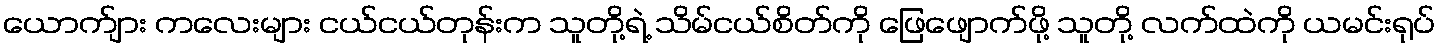
ယောက်ျား ကလေးများ ငယ်ငယ်တုန်းက သူတို့ရဲ့ သိမ်ငယ်စိတ်ကို ဖြေဖျောက်ဖို့ သူတို့ လက်ထဲကို ယမင်းရုပ်